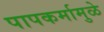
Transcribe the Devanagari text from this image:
पापकर्मामुळे